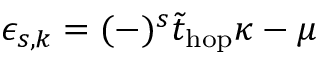
\epsilon _ { s , k } = ( - ) ^ { s } \tilde { t } _ { \mathrm { h o p } } \kappa - \mu